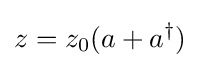
z=z_{0}(a+a^{\dagger })